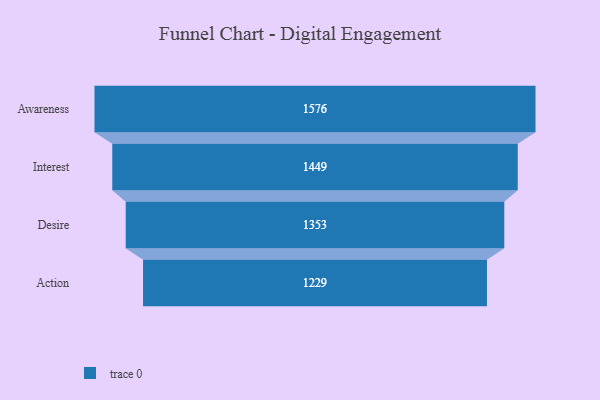
{"axis": {"x": "Stage", "y": "Value"}, "legend": [""], "data": [{"x": "Awareness", "y": 1576.0, "type": ""}, {"x": "Interest", "y": 1449.0, "type": ""}, {"x": "Desire", "y": 1353.0, "type": ""}, {"x": "Action", "y": 1229.0, "type": ""}]}